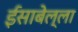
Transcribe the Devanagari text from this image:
ईसाबेल्ला